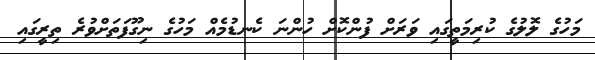
މަހުގެ ލޮލުގެ ކުރިމަތީގައި ވަރަށް ފުންކޮށް ހުންނަ ކެނޑުމެއް މަހުގެ ނިގޫފަތަށްވުރެ ތިރީގައި